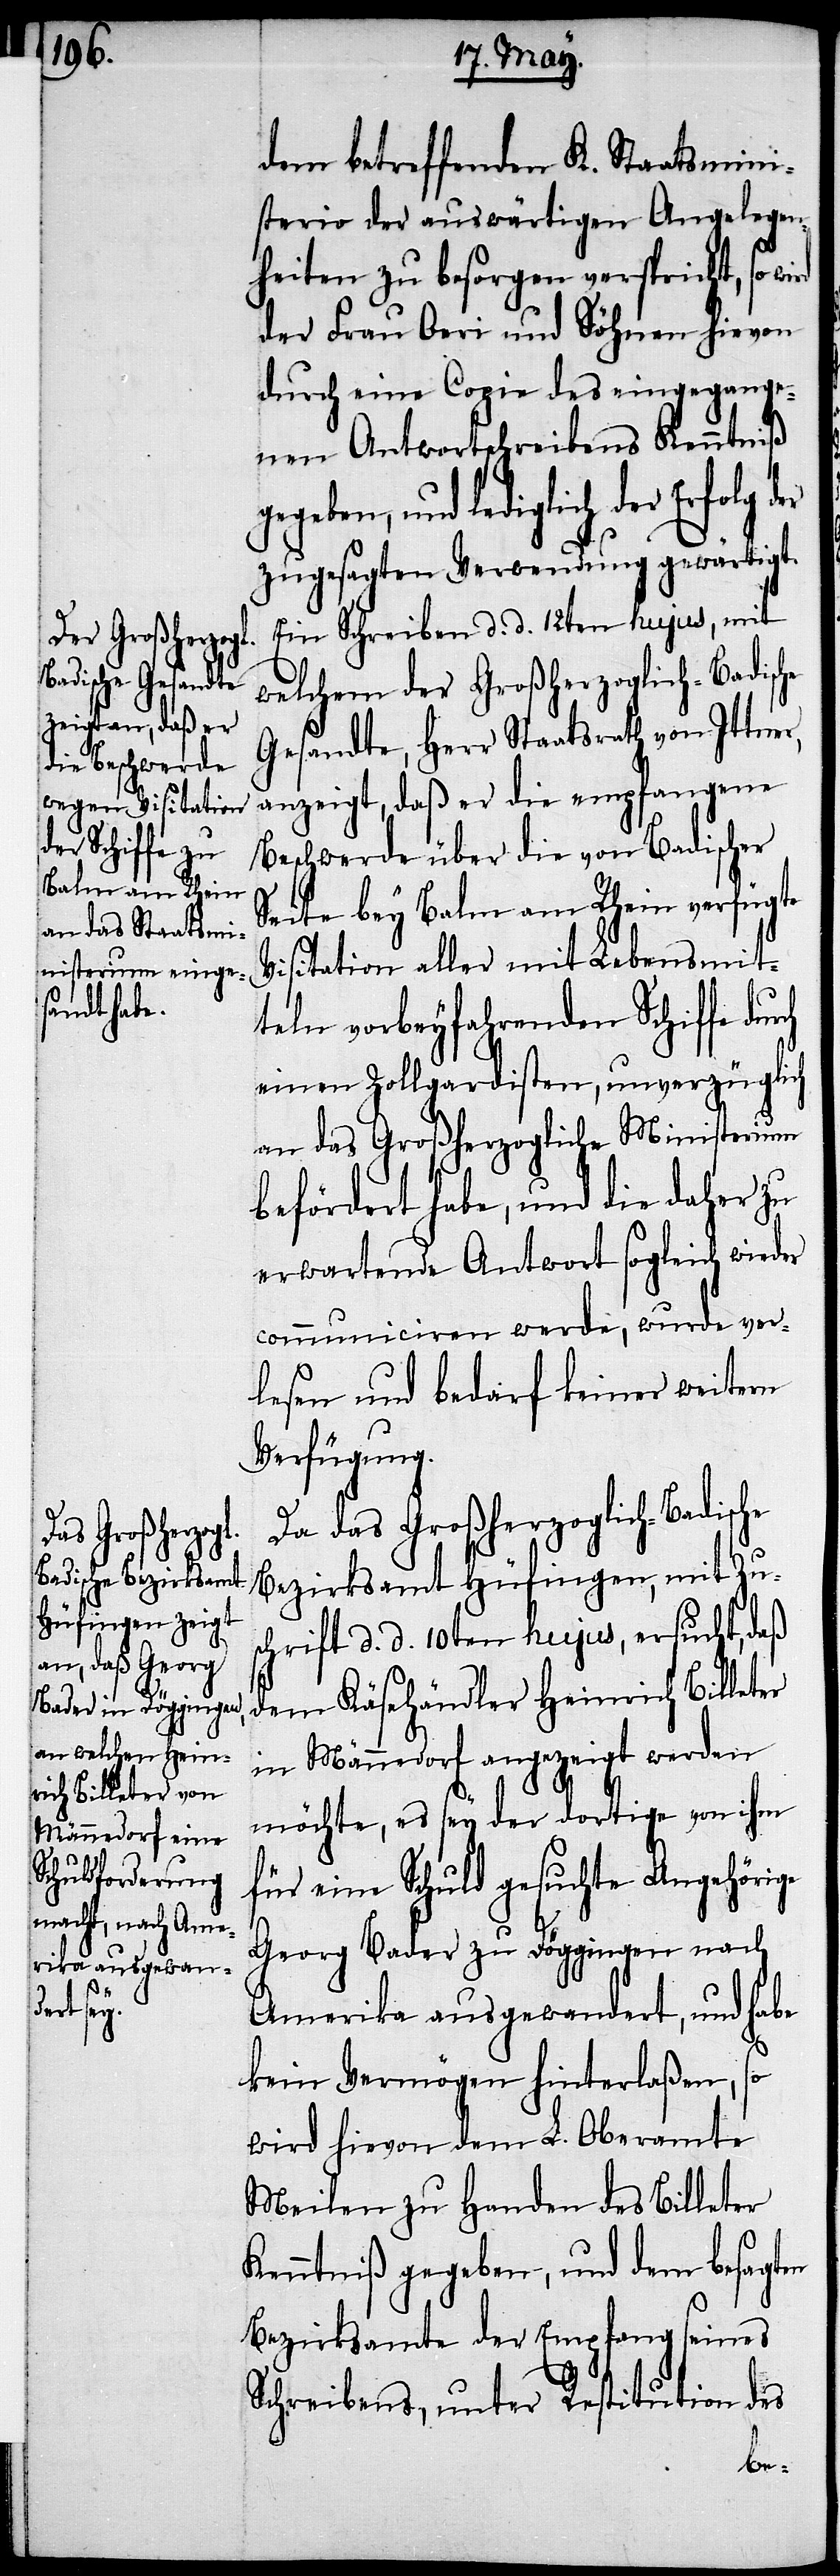
dem betreffenden K. Staatsmini¬
sterio der auswärtigen Angelegen¬
heiten zu besorgen verspricht, so
der Frau Oeri und Söhnen hievon
durch eine Copie des eingegange¬
nen Antwortschreibens Kenntniß
gegeben, und lediglich der
zugesagten Verwendung gewärtigt.
Ein Schreiben d. d. 12ten hujus, mit
welchem der Großherzoglich-Badische
Gesandte, Herr Staatsrath von Ittner,
anzeigt, daß er die empfangene
Beschwerde über die von Badischer
Seite bey Balm am Rhein verfügte
Visitation aller mit Lebensmit¬
teln vorbeyfahrenden Schiffe
einen Zollgardisten, unverzüglich
an das Großherzogliche Ministerium,
befördert habe, und die daher zu
erwartende Antwort sogleich wieder
communiciren werde, wurde ver¬
lesen und bedarf keiner weitern
Verfügung.
Da das Großherzoglich-Badische
Bezirksamt Hüfingen, mit Zu¬
schrift d. d. 10ten hujus ersucht, daß
dem Käsehändler Heinrich Billeter
in Männedorf angezeigt werden
möchte, es sey der dortige von ihm
für eine Schuld gesuchte Angehörige
Georg Bader zu Döggingen nach
Amerika ausgewandert, und habe
kein Vermögen hinterlaßen, so
wird hievon dem L. Obermamte
Meilen zu Handen des Billeter
Kenntniß gegeben, und dem besagten
Bezirksamte der Empfang seines
Schreibens, unter Restitution des